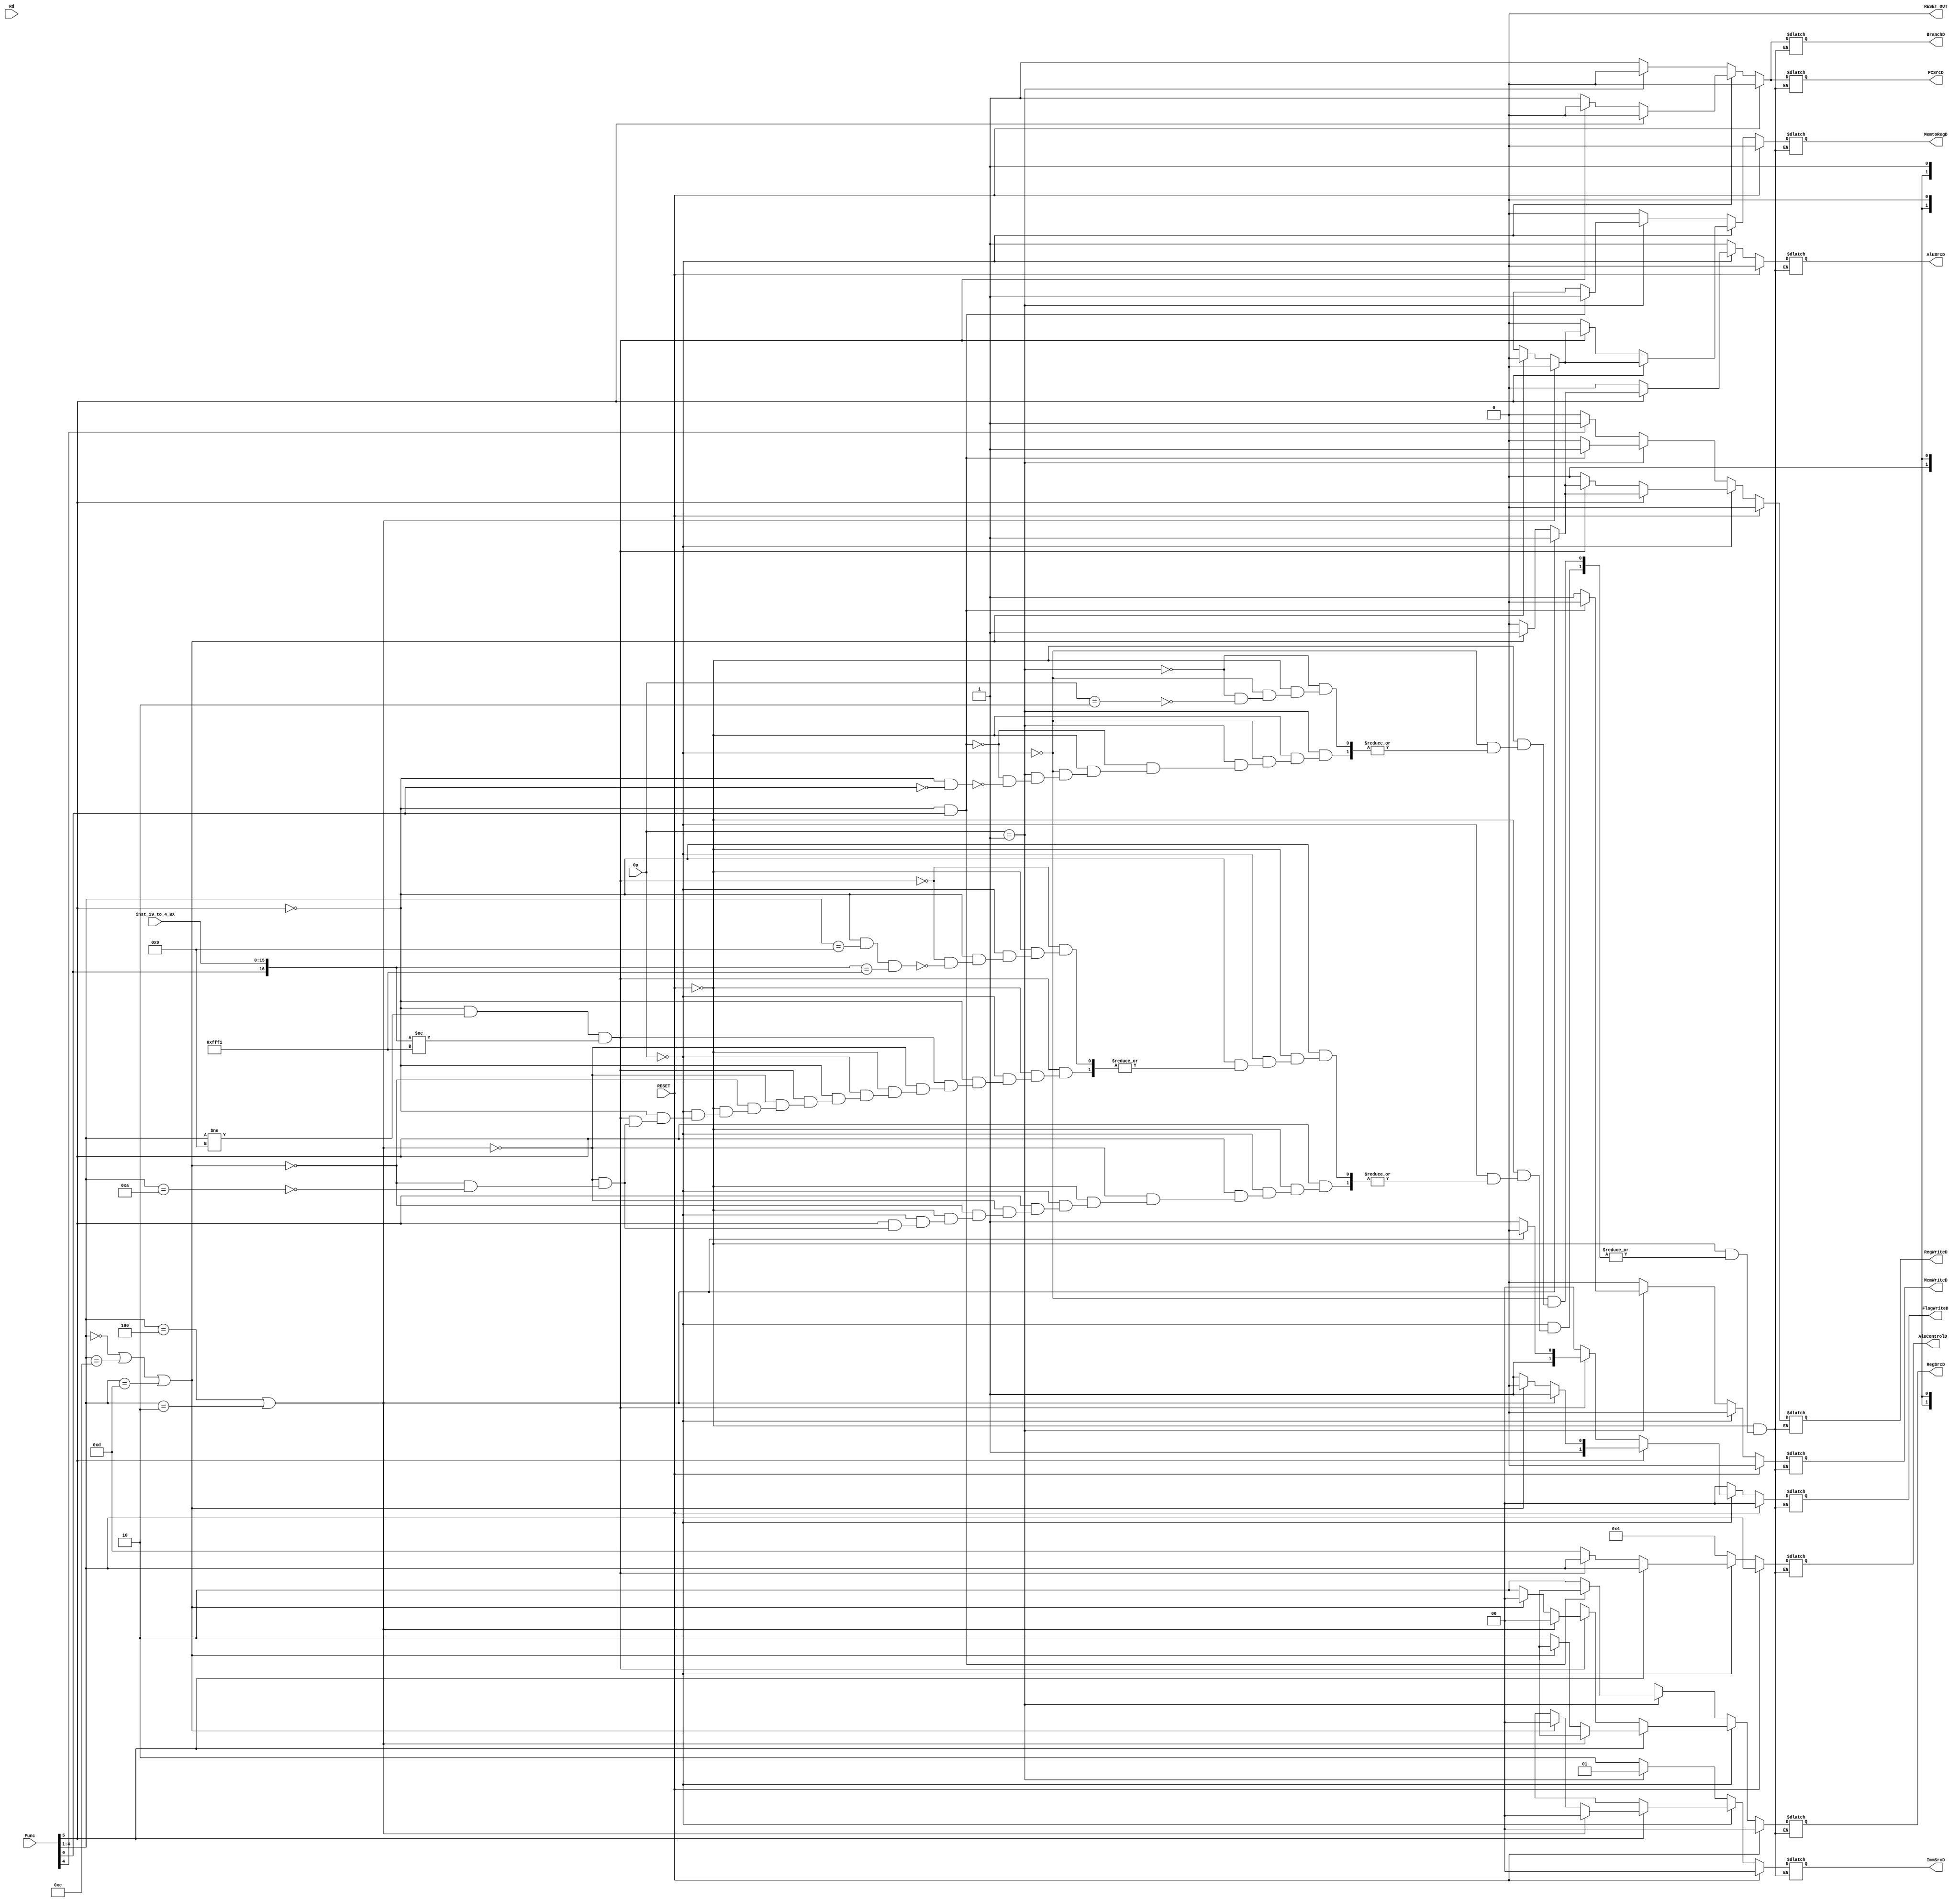
module controller #(parameter W=32) 
    (   
        input [1:0] Op, // Instruction[27:26] Data processing 00, Memory 01 or Branch 10
        input [5:0] Func, // Instruction[25:20] Operation Code Add, Sub .... 
        input [3:0] Rd, // Instruction[15:12] Destination Register
        input [15:0] inst_19_to_4_BX,
        input RESET,

        output reg PCSrcD,
        output reg BranchD,
        output reg RegWriteD,
        output reg MemWriteD,
        output reg MemtoRegD,
        output reg [3:0] AluControlD,
        output reg AluSrcD,
        output reg [1:0] FlagWriteD,
        output reg [1:0] ImmSrcD,
        output reg [1:0] RegSrcD,
        output reg RESET_OUT
        // output reg AluSrc_Branch_Absolute_Mux_Sel,
        // output reg Write_Data_PC_Mux_Sel,
    );
    
    initial 
        begin 
            RESET_OUT = 1'b0;
        end
    
    always  @(*) 
        begin 
            if (RESET == 1) 
                begin 
                    PCSrcD = 1'b0;
                    BranchD = 1'b0;
                    RegWriteD = 1'b0;
                    MemWriteD = 1'b0;
                    MemtoRegD = 1'b0;
                    AluControlD = Func[4:1];
                    AluSrcD = 1'b0;
                    FlagWriteD = 2'b00;
                    ImmSrcD = 2'b00;
                    RegSrcD = 2'b00;
                end
            else if (Op == 2'b00) // Data processing instruction
                begin
                    if (Func[5] == 1) // Data processing with immediate
                        begin
                            if ((Func[4:1] == 4'b0100) || (Func[4:1] == 4'b0010)) // If operation is ADD or SUB operation
                                begin
                                    PCSrcD = 1'b0;
                                    BranchD = 1'b0;
                                    RegWriteD = 1'b1;
                                    MemWriteD = 1'b0;
                                    MemtoRegD = 1'b0;
                                    AluControlD = Func[4:1];
                                    AluSrcD = 1'b1;
                                    FlagWriteD = 2'b11;
                                    ImmSrcD = 2'b00;
                                    RegSrcD = 2'bx0;
                                end
                            else if((Func[4:1] == 4'b0000) || (Func[4:1] == 4'b1100) || (Func[4:1] == 4'b1101) ) // If operation is AND, ORR, MOV
                                begin
                                    PCSrcD = 1'b0;
                                    BranchD = 1'b0;
                                    RegWriteD = 1'b1;
                                    MemWriteD = 1'b0;
                                    MemtoRegD = 1'b0;
                                    AluControlD = Func[4:1];
                                    AluSrcD = 1'b1;
                                    FlagWriteD = 2'b10;
                                    ImmSrcD = 2'b00;
                                    RegSrcD = 2'bx0;
                                end
                            else if ( (Func[4:1] == 4'b1010) ) // If operation is CMP
                                begin
                                    PCSrcD = 1'b0;
                                    BranchD = 1'b0;
                                    RegWriteD = 1'b0;
                                    MemWriteD = 1'b0;
                                    MemtoRegD = 1'bx;
                                    AluControlD = Func[4:1];
                                    AluSrcD = 1'b0;
                                    FlagWriteD = 2'b11;
                                    ImmSrcD = 2'bxx;
                                    RegSrcD = 2'b10;
                                end
                        end
                    else if ( (Func[5] == 0) && (Func[4:1] != 4'b1001) && ({Func[0], inst_19_to_4_BX} != 17'h0FFF1)) // Data processing with register
                        begin
                            if ((Func[4:1] == 4'b0100) || (Func[4:1] == 4'b0010)) // If operation is ADD or SUB operation
                                begin
                                    PCSrcD = 1'b0;
                                    BranchD = 1'b0;
                                    RegWriteD = 1'b1;
                                    MemWriteD = 1'b0;
                                    MemtoRegD = 1'b0;
                                    AluControlD = Func[4:1];
                                    AluSrcD = 1'b0;
                                    FlagWriteD = 2'b10;
                                    ImmSrcD = 2'bxx;
                                    RegSrcD = 2'b00;
                                end
                            else if((Func[4:1] == 4'b0000) || (Func[4:1] == 4'b1100) || (Func[4:1] == 4'b1101) ) // If operation is AND, ORR, MOV
                                begin
                                    PCSrcD = 1'b0;
                                    BranchD = 1'b0;
                                    RegWriteD = 1'b1;
                                    MemWriteD = 1'b0;
                                    MemtoRegD = 1'b0;
                                    AluControlD = Func[4:1];
                                    AluSrcD = 1'b0;
                                    FlagWriteD = 2'b11;
                                    ImmSrcD = 2'bxx;
                                    RegSrcD = 2'b00;
                                end
                            else if ( (Func[4:1] == 4'b1010) ) // If operation is CMP
                                begin
                                    PCSrcD = 1'b0;
                                    BranchD = 1'b0;
                                    RegWriteD = 1'b0;
                                    MemWriteD = 1'b0;
                                    MemtoRegD = 1'bx;
                                    AluControlD = Func[4:1];
                                    AluSrcD = 1'b0;
                                    FlagWriteD = 2'b11;
                                    ImmSrcD = 2'bxx;
                                    RegSrcD = 2'b10;
                                end
                        end
                    else if ( (Func[5] == 0) && (Func[4:1] == 4'b1001) && ({Func[0], inst_19_to_4_BX} == 17'h0FFF1)) // BX instruction
                        begin
                            PCSrcD = 1'b1;
                            BranchD = 1'b1;
                            RegWriteD = 1'b0;
                            MemWriteD = 1'b0;
                            MemtoRegD = 1'b0;
                            AluControlD = 4'b1101;
                            AluSrcD = 0;
                            FlagWriteD = 2'b00;
                            ImmSrcD = 2'bxx;
                            RegSrcD = 2'b0x;
                        end
                end
            else if (Op == 2'b01) // Memory instruction
                begin
                    if (Func[5] == 0 && Func[0] == 1) // Func_t0 == 1 --> LDR with imm
                        begin
                            PCSrcD = 1'b0;
                            BranchD = 1'b0;
                            RegWriteD = 1'b1;
                            MemWriteD = 1'b0;
                            MemtoRegD = 1'b1;
                            AluControlD = 4'b0100;
                            AluSrcD = 1'b1;
                            FlagWriteD = 2'b00;
                            ImmSrcD = 2'b01;
                            RegSrcD = 2'bx0;
                        end
                    else if (Func[5] == 0 && Func[0] == 0) // Func_t0 == 0 --> STR with imm
                        begin
                            PCSrcD = 1'b0;
                            BranchD = 1'b0;
                            RegWriteD = 1'b0;
                            MemWriteD = 1'b1;
                            MemtoRegD = 1'bx;
                            AluControlD = 4'b0100;
                            AluSrcD = 1'b1;
                            FlagWriteD = 2'b00;
                            ImmSrcD = 2'b01;
                            RegSrcD = 2'b10;
                        end
                end
            else if (Op == 2'b10) // Branch instructiob
                begin
                    if( Func[4] == 0 ) // B instruction
                        begin
                            PCSrcD = 1'b1;
                            BranchD = 1'b1;
                            RegWriteD = 1'b0;
                            MemWriteD = 1'b0;
                            MemtoRegD = 1'b0;
                            AluControlD = 4'b0100;
                            AluSrcD = 1'b1;
                            FlagWriteD = 2'b00;
                            ImmSrcD = 2'b10;
                            RegSrcD = 2'bx1;
                        end
                    else if ( Func[4] == 1 ) // BL instruction
                        begin
                            PCSrcD = 1'b1;
                            BranchD = 1'b1;
                            RegWriteD = 1'b1;
                            MemWriteD = 1'b0;
                            MemtoRegD = 1'b0;
                            AluControlD = 4'b0100;
                            AluSrcD = 1'b1;
                            FlagWriteD = 2'b00;
                            ImmSrcD = 2'b10;
                            RegSrcD = 2'bx1;
                        end
                end            
        end
 endmodule